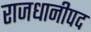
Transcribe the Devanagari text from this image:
राजधानीपद